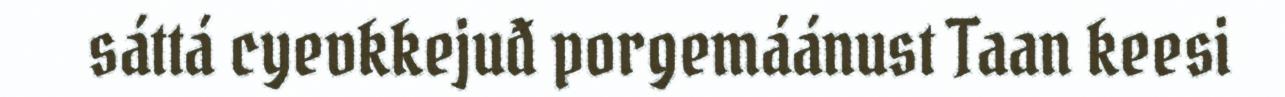
sáttá cyevkkejuđ porgemáánust Taan keesi